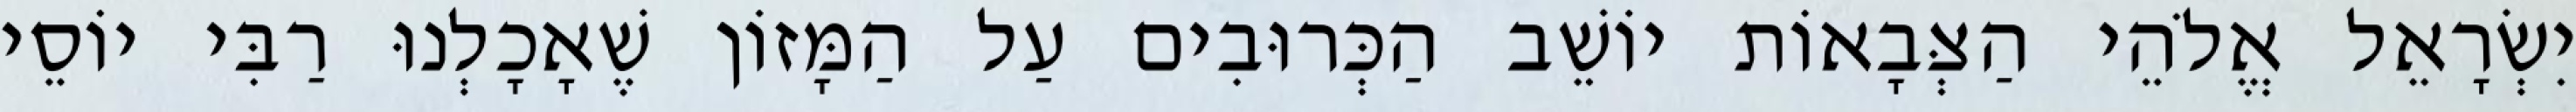
יִשְׂרָאֵל אֱלֹהֵי הַצְּבָאוֹת יוֹשֵׁב הַכְּרוּבִים עַל הַמָּזוֹן שֶׁאָכָלְנוּ רַבִּי יוֹסֵי